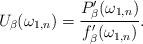
LaTeX: \begin{align*}U_{\beta}(\omega_{1,n})=\frac{P'_{\beta}(\omega_{1,n})}{f'_{\beta}(\omega_{1,n})}.\end{align*}